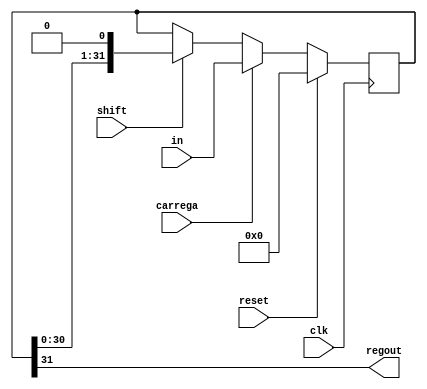
module shiftreg32b (clk, reset, shift, carrega, in, regout);
	input clk;
	input reset, shift;
	input carrega; // per carregar dades
	input [31:0] in;
	
	output regout;
	
	reg [31:0] missatge;
	
	assign regout = missatge[31];
	
	always @ (posedge clk)
	begin
		if (reset == 1) missatge <= 32'd0;
			else if (carrega) missatge <= in;
				else if (shift) missatge <= {missatge[30:0], 1'b0};
	end
				
endmodule